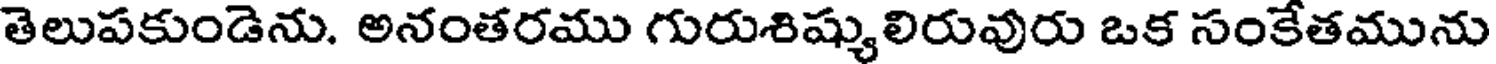
తెలుపకుండెను. అనంతరము గురుశిష్యులిరువురు ఒక సంకేతమును